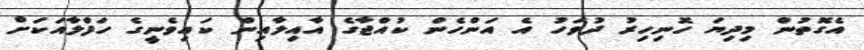
އެގޮތުން މިދިޔަ ހޮނިހިރު ދުވަހު އެ އަންހެން ކުއްޖާގެ އާއިލާއިން ކައިވެނީގެ ހަފްލާއަކަށް